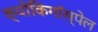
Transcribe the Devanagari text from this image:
क्योंकिगॉस्पेल